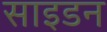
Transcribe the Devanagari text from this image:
साइडन